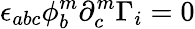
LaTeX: \epsilon_{abc}\phi_{b}^{m}\partial_{c}^{m}\Gamma_{i}=0